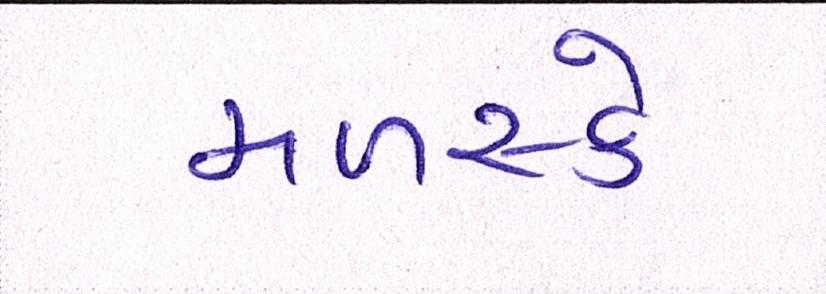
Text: મળસ્કે